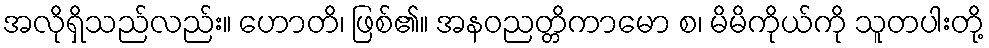
အလိုရှိသည်လည်း။ ဟောတိ၊ ဖြစ်၏။ အနဝညတ္တိကာမော စ၊ မိမိကိုယ်ကို သူတပါးတို့